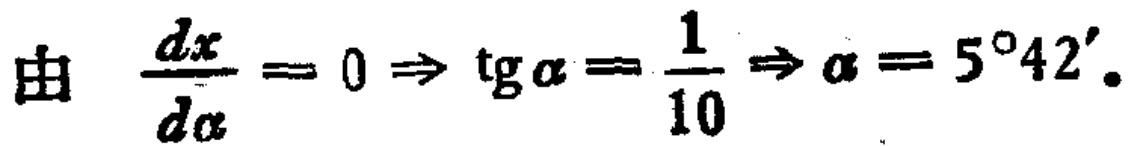
由 $\frac{dx}{d\alpha}=0\Rightarrow \mathrm{tg}\alpha=\frac{1}{10}\Rightarrow \alpha = 5^{\circ}42'$。